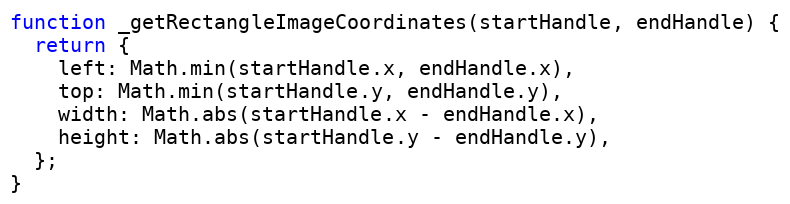
Language: JavaScript
function _getRectangleImageCoordinates(startHandle, endHandle) {
  return {
    left: Math.min(startHandle.x, endHandle.x),
    top: Math.min(startHandle.y, endHandle.y),
    width: Math.abs(startHandle.x - endHandle.x),
    height: Math.abs(startHandle.y - endHandle.y),
  };
}